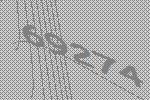
69274